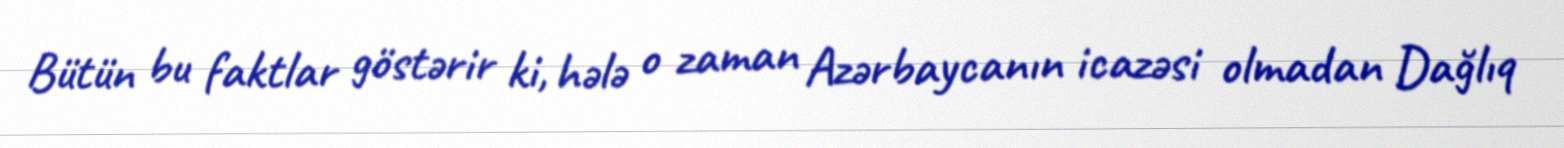
Bütün bu faktlar göstərir ki, hələ o zaman Azərbaycanın icazəsi olmadan Dağlıq